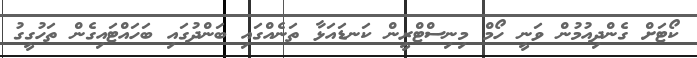
ކޯޓަށް ގެންދިއުމުން ވަނީ ހޯމް މިނިސްޓްރީން ކަނޑައަޅާ ތަނެއްގައި ބަންދުގައި ބަހައްޓައިގެން ތަހުގީގު